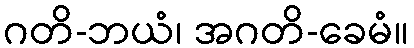
ဂတိ-ဘယံ၊ အဂတိ-ခေမံ။